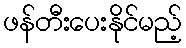
ဖန်တီးပေးနိုင်မည့်